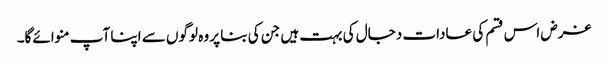
غرض اس قسم کی عادات دجال کی بہت ہیں جن کی بنا پر وہ لوگوں سے اپنا آپ منوائےگا۔